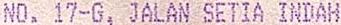
NO. 17-G, JALAN SETIA INDAH